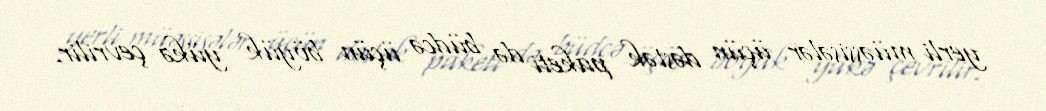
yerli müəssisələr üçün dəstək paketi də büdcə üçün böyük yükə çevrilir.